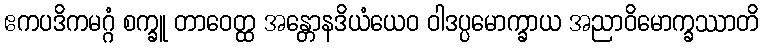
ဧကပဒိကမဂ္ဂံ စက္ခူ တာဝေတ္ထ အန္တောနဒိယံယေဝ ဝါဒပ္ပမောက္ခာယ အညာဝိမောက္ခဿာတိ